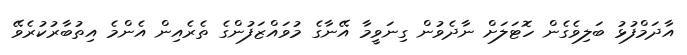
އާދަމްފުޅު ބަލިވެގެން ހޮޓަލަށް ނާދެވުން ގިނަވީމާ އޭނާގެ މުވައްޒަފުންގެ ތެރެއިން އެންމެ އިތުބާރުކުރެވޭ